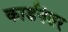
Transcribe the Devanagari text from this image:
कार्डनंतर